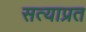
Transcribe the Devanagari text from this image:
सत्याप्रत